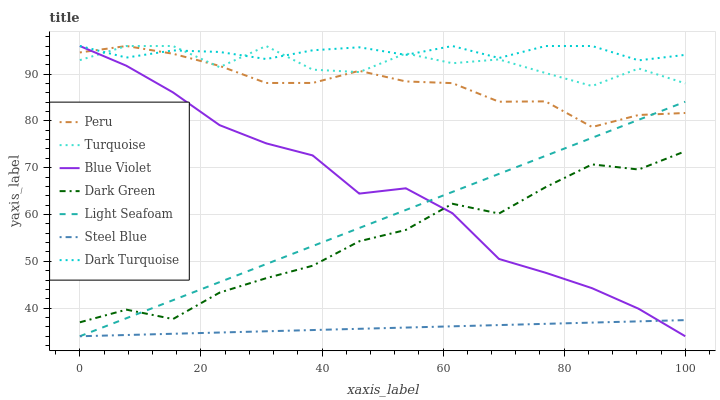
| xaxis_label | Peru | Turquoise | Blue Violet | Dark Green | Light Seafoam | Steel Blue | Dark Turquoise |
 | --- | --- | --- | --- | --- | --- | --- | --- |
 | 0 | 94.6 | 93 | 96 | 37 | 34 | 34 | 96 |
 | 7.69 | 96 | 96 | 91.8 | 39.7 | 37.9 | 34.3 | 93.5 |
 | 15.4 | 94.3 | 96 | 86.1 | 37.7 | 41.7 | 34.5 | 95.1 |
 | 23.1 | 91.8 | 91.5 | 79.1 | 43.3 | 45.6 | 34.8 | 94.7 |
 | 30.8 | 88.1 | 96 | 75.2 | 46.4 | 49.4 | 35.1 | 93.2 |
 | 38.5 | 88.1 | 90.9 | 72.6 | 49.1 | 53.3 | 35.3 | 95.1 |
 | 46.2 | 90.7 | 90.4 | 64.5 | 54.3 | 57.1 | 35.6 | 95.7 |
 | 53.8 | 88.4 | 94.4 | 65.6 | 56.7 | 61 | 35.9 | 94.1 |
 | 61.5 | 88.1 | 92.3 | 60.3 | 62.3 | 64.8 | 36.1 | 96 |
 | 69.2 | 84.1 | 93.1 | 50.5 | 60.2 | 68.7 | 36.4 | 93.4 |
 | 76.9 | 84.2 | 90.2 | 47.6 | 65.8 | 72.5 | 36.7 | 96 |
 | 84.6 | 78.7 | 87.5 | 44.3 | 70.7 | 76.4 | 36.9 | 96 |
 | 92.3 | 81.3 | 91.2 | 39.9 | 69.6 | 80.2 | 37.2 | 92.9 |
 | 100 | 81.7 | 88 | 34 | 73.5 | 84.1 | 37.4 | 94.1 |